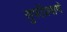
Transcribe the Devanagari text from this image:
सुफींप्रमाणे